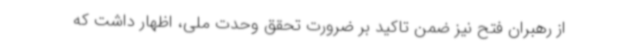
از رهبران فتح نیز ضمن تاکید بر ضرورت تحقق وحدت ملی، اظهار داشت که